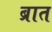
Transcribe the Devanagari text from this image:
ब्रात